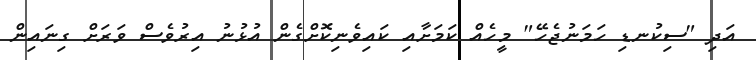
އަދި "ސިކުނޑި ހަމަނުޖެހޭ" މީހެއް ކަމަށާއި ކައިވެނިކޮށްގެން އުޅުނު އިރުވެސް ވަރަށް ގިނައިން